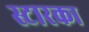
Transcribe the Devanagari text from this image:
स्टारका